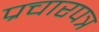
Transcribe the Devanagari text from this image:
प्रचारपत्र